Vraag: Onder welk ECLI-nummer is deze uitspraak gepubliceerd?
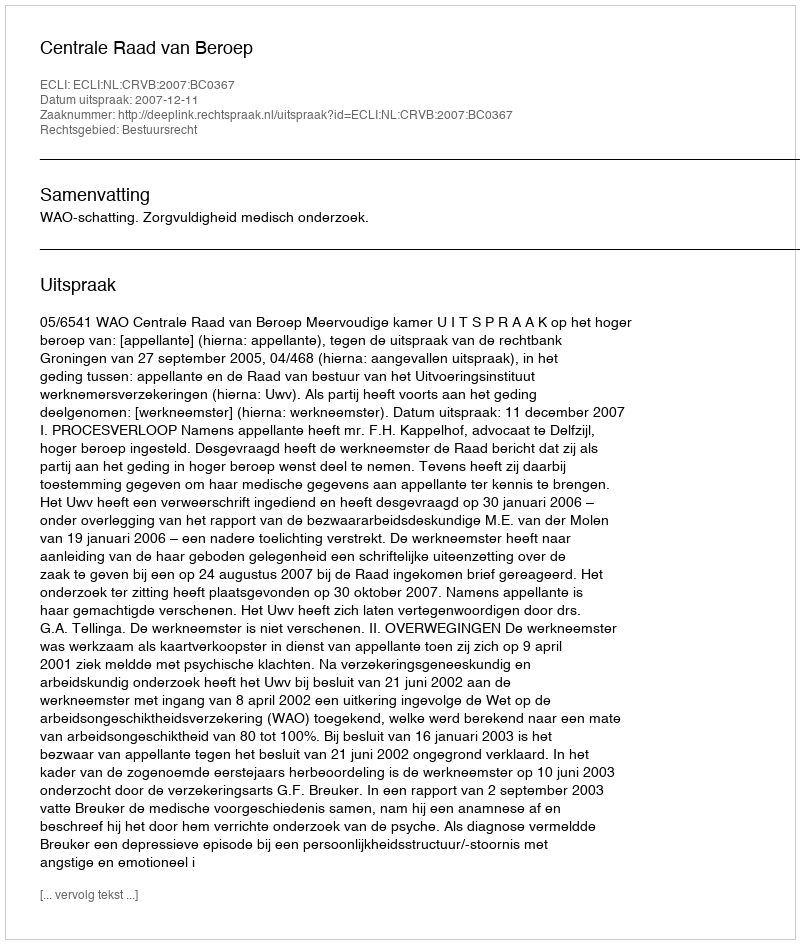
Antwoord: ECLI:NL:CRVB:2007:BC0367